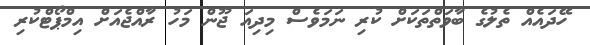
ހޭދައެއް ތެލުގެ ބާވަތްތަކަށް ކުރި ނަމަވެސް މިދިއަ ޖޫން މަހު ރާއްޖެއަށް އިމްޕޯޓްކުރި